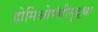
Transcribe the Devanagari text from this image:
होमिओपॅथीसुद्धा